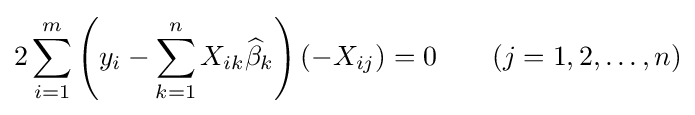
2\sum _{i=1}^{m}\left(y_{i}-\sum _{k=1}^{n}X_{ik}{\widehat {\beta }}_{k}\right)(-X_{ij})=0\qquad (j=1,2,\dots ,n)